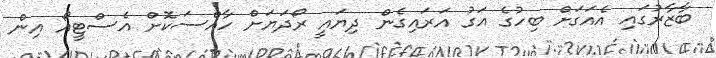
ބާޒާރުގައި އެއަގަށް ބިހުގެ އަގު އަރައިގެން ދިޔައީ ރޯދަޔަށް ހާއްސަކޮށް އެސްޓީއޯ އިން